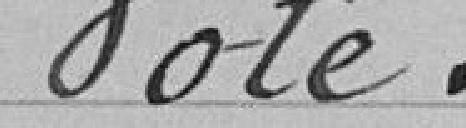
Vote.